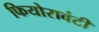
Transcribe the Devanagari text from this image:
फियोरावंटी